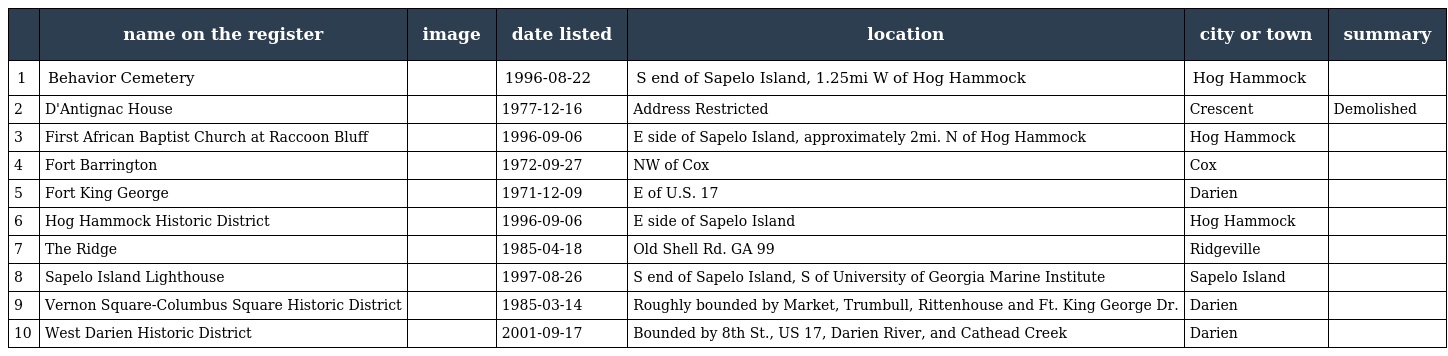
|  | name on the register | image | date listed | location | city or town | summary |
 | --- | --- | --- | --- | --- | --- | --- |
 | 1 | Behavior Cemetery |  | 1996-08-22 | S end of Sapelo Island, 1.25mi W of Hog Hammock | Hog Hammock |  |
 | 2 | D'Antignac House |  | 1977-12-16 | Address Restricted | Crescent | Demolished |
 | 3 | First African Baptist Church at Raccoon Bluff |  | 1996-09-06 | E side of Sapelo Island, approximately 2mi. N of Hog Hammock | Hog Hammock |  |
 | 4 | Fort Barrington |  | 1972-09-27 | NW of Cox | Cox |  |
 | 5 | Fort King George |  | 1971-12-09 | E of U.S. 17 | Darien |  |
 | 6 | Hog Hammock Historic District |  | 1996-09-06 | E side of Sapelo Island | Hog Hammock |  |
 | 7 | The Ridge |  | 1985-04-18 | Old Shell Rd. GA 99 | Ridgeville |  |
 | 8 | Sapelo Island Lighthouse |  | 1997-08-26 | S end of Sapelo Island, S of University of Georgia Marine Institute | Sapelo Island |  |
 | 9 | Vernon Square-Columbus Square Historic District |  | 1985-03-14 | Roughly bounded by Market, Trumbull, Rittenhouse and Ft. King George Dr. | Darien |  |
 | 10 | West Darien Historic District |  | 2001-09-17 | Bounded by 8th St., US 17, Darien River, and Cathead Creek | Darien |  |